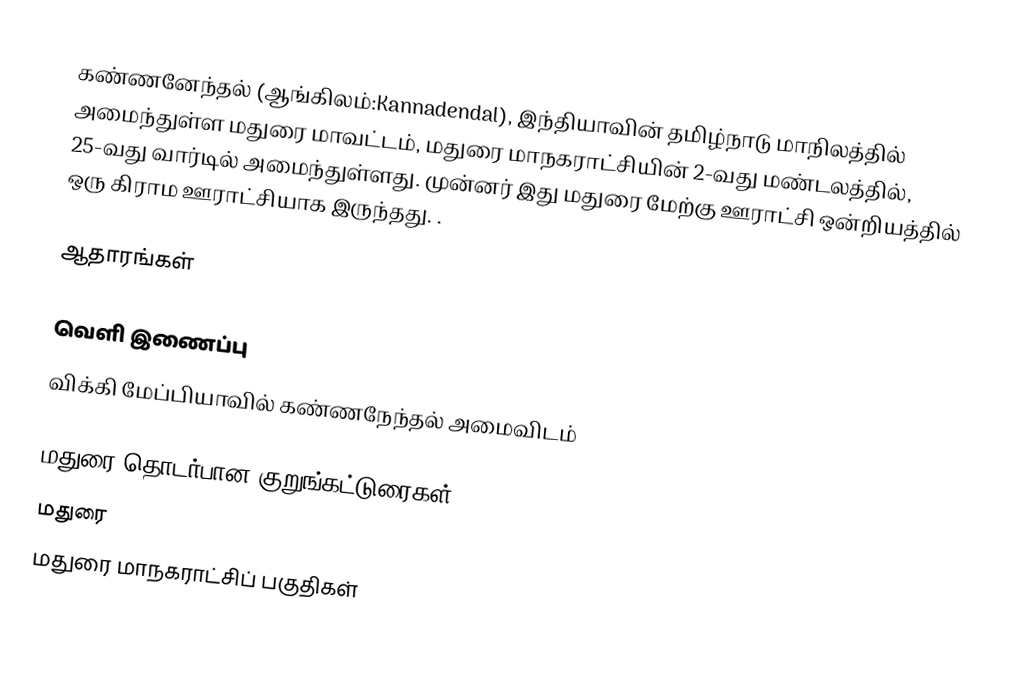
கண்ணனேந்தல் (ஆங்கிலம்:Kannadendal), இந்தியாவின் தமிழ்நாடு மாநிலத்தில் அமைந்துள்ள மதுரை மாவட்டம், மதுரை மாநகராட்சியின் 2-வது மண்டலத்தில், 25-வது  வார்டில் அமைந்துள்ளது. முன்னர் இது  மதுரை மேற்கு ஊராட்சி ஒன்றியத்தில்  ஒரு கிராம ஊராட்சியாக இருந்தது. .

ஆதாரங்கள்

வெளி இணைப்பு
விக்கி மேப்பியாவில் கண்ணநேந்தல் அமைவிடம்

மதுரை தொடர்பான குறுங்கட்டுரைகள்
மதுரை
மதுரை மாநகராட்சிப் பகுதிகள்